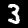
Label: 3